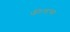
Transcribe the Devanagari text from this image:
फील्डच्या